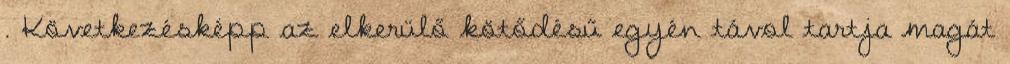
. Következésképp az elkerülő kötődésű egyén távol tartja magát